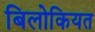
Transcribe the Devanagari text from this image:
बिलोकियत